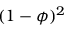
( 1 - \phi ) ^ { 2 }